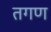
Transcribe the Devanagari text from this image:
तगण